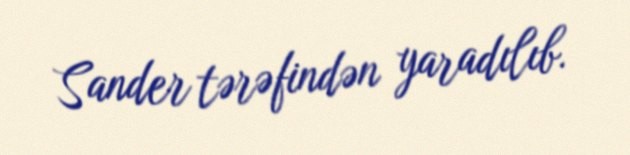
Sander tərəfindən yaradılıb.